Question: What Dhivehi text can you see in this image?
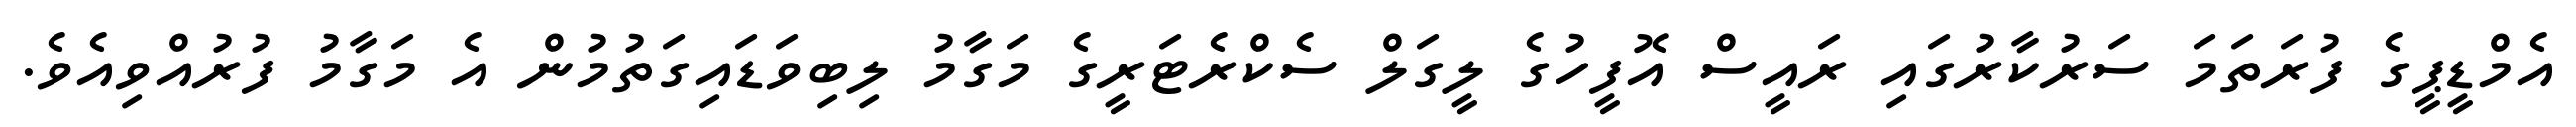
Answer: އެމްޑީޕީގެ ފުރަތަމަ ސަރުކާރުގައި ރައީސް އޮފީހުގެ ލީގަލް ސެކްރެޓަރީގެ މަގާމު ލިބިވަޑައިގަތުމުން އެ މަގާމު ފުރުއްވިއެވެ.